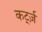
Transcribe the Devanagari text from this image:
कर्ट्ज़